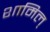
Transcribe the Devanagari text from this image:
शामिल्